Leaving Certificate Examination, 1914
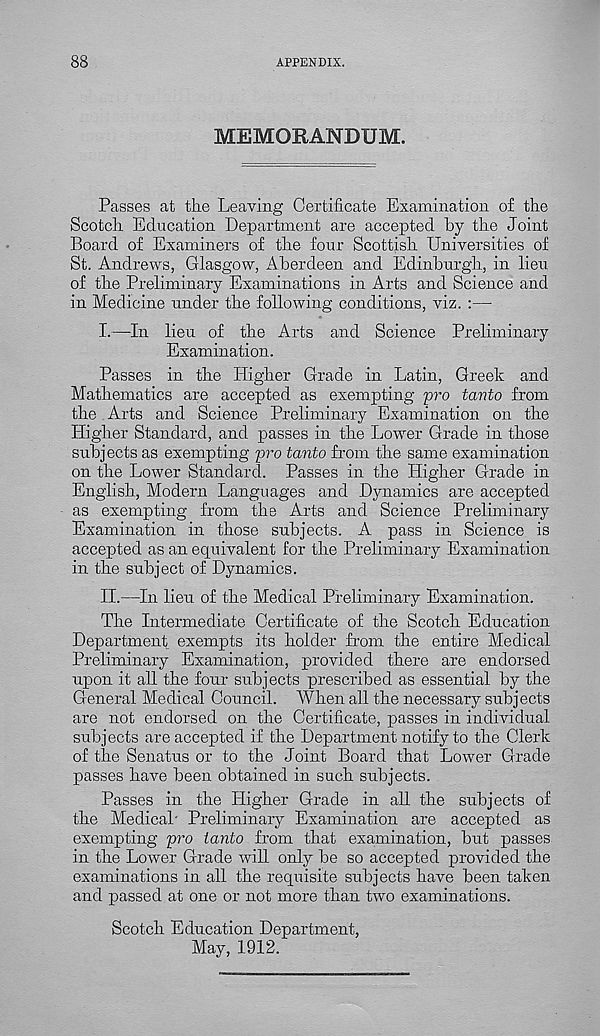
88
APPENDIX.
MEMORANDUM.
Passes at the Leaving Certificate Examination of the
Scotch Education Department are accepted by the Joint
Board of Examiners of the four Scottish Universities of
St. Andrews, Glasgow, Aberdeen and Edinburgh, in lieu
of the Preliminary Examinations in Arts and Science and
in Medicine under the following conditions, viz. :—
I.
—In lieu of the Arts and S
Examination.
Passes in the Higher Grade in Latin, Greek and
Mathematics are accepted as exempting pro tavto from
the Arts and Science Preliminary Examination on the
Higher Standard, and passes in the Lower Grade in those
subj ects as exempting pro tanto from the same examination
on the Lower Standard. Passes in the Higher Grade in
English, Modern Languages and Dynamics are accepted
as exempting from the Arts and Science Preliminary
Examination in those subjects. A pass in Science is
accepted as an equivalent for the Preliminary Examination
in the subject of Dynamics.
II.
—In lieu of the Medical Preli
The Intermediate Certificate of the Scotch Education
Department exempts its holder from the entire Medical
Preliminary Examination, provided there are endorsed
upon it all the four subjects prescribed as essential by the
General Medical Council. When all the necessary subjects
are not endorsed on the Certificate, passes in individual
subjects are accepted if the Department notify to the Clerk
of the Senatus or to the Joint Board that Lower Grade
passes have been obtained in such subjects.
Passes in the Higher Grade in all the subjects of
the Medical' Preliminary Examination are accepted as
exempting pro tanto from that examination, but passes
in the Lower Grade will only be so accepted provided the
examinations in all the requisite subjects have been taken
and passed at one or not more than two examinations.
Scotch Education Department,
May, 1912.